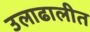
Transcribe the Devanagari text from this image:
उलाढालीत